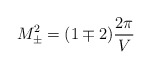
\begin{align*}M^2_{\pm} = (1\mp 2)\frac{2\pi}{V}\end{align*}